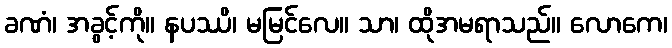
ခဏံ၊ အခွင့်ကို။ နပဿိ၊ မမြင်လေ။ သာ၊ ထိုအမရာသည်။ လောကေ၊